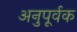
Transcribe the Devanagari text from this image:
अनुपूर्वक